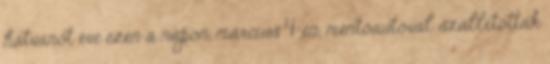
hatvanöt éve ezen a napon, március 4-én, mentőautóval szállították